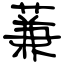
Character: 蒹